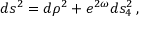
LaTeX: d s ^ { 2 } = d \rho ^ { 2 } + e ^ { 2 \omega } d s _ { 4 } ^ { 2 } \, ,